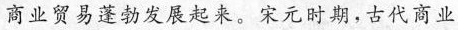
商业贸易蓬勃发展起来。宋元时期，古代商业